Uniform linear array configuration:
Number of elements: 8
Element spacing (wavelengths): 0.5
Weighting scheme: blackman
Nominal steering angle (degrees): -30
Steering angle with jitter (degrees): -29.186
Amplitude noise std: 0.05
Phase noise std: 0.05

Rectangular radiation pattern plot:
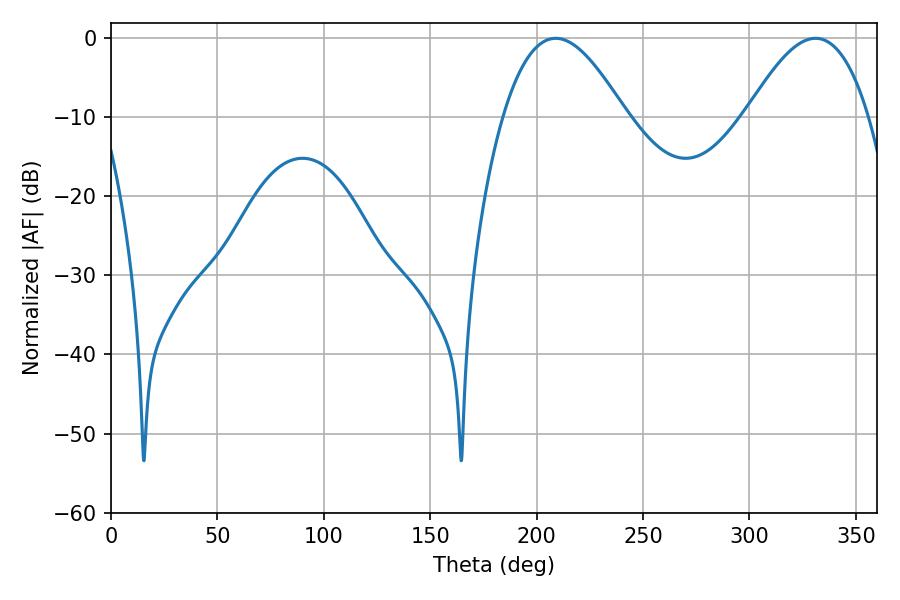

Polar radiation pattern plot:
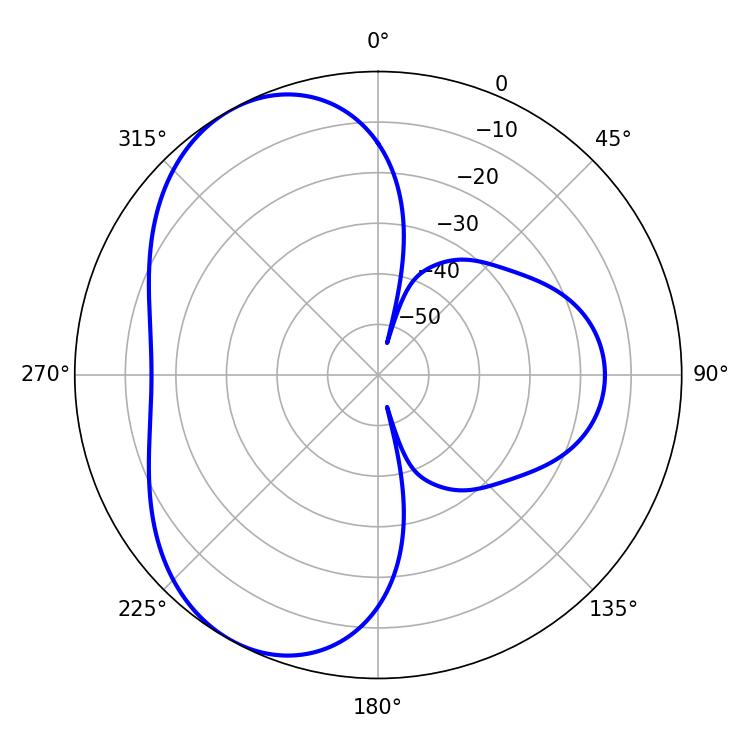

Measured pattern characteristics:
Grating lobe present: FALSE
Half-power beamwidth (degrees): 31.32
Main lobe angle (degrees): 208.98